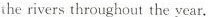
the rivers throughout the year.